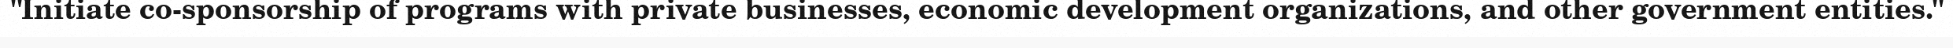
"Initiate co-sponsorship of programs with private businesses, economic development organizations, and other government entities."